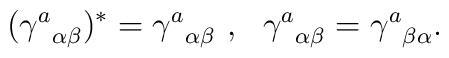
({\gamma^{a}}_{\alpha\beta})^{\ast}={\gamma^{a}}_{\alpha\beta}\ ,\ \ {\gamma^{a}}_{\alpha\beta}={\gamma^{a}}_{\beta\alpha}.